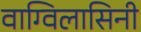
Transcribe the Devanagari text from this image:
वाग्विलासिनी